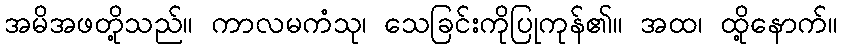
အမိအဖတို့သည်။ ကာလမကံသု၊ သေခြင်းကိုပြုကုန်၏။ အထ၊ ထို့နောက်။